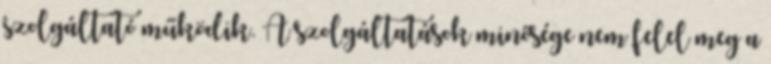
szolgáltató működik. A szolgáltatások minősége nem felel meg a